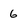
Character: 6